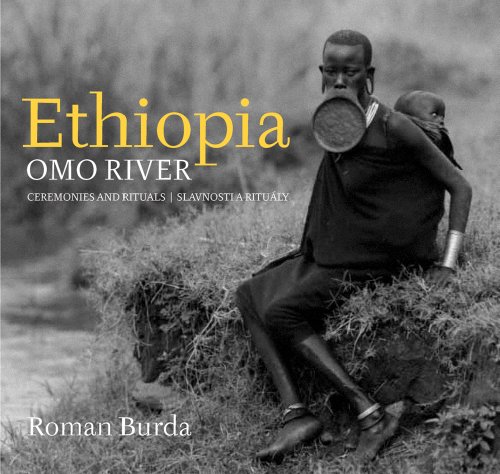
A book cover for Roman Burda: Ethiopia: Omo River, Ceremonies and Rituals; Travel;